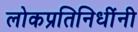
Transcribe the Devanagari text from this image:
लोकप्रतिनिधींनी